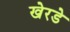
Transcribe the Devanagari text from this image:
खेरडे